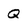
Character: Q